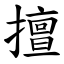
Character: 擅